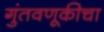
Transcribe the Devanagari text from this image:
गुंतवणूकीचा